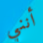
أنني